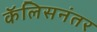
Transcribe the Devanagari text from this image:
कॅलिसनंतर